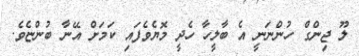
ލޫ ޖިންގް ހުންނަނީ އެ ބާލީހާ ހެދީ މޮޔެވެފައި ކަމަށް އޭނާ ބުންޏެވެ.